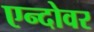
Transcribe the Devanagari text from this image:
एन्दोवर